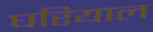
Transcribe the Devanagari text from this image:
घरियाल